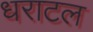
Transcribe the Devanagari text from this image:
धराटल